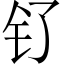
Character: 钌